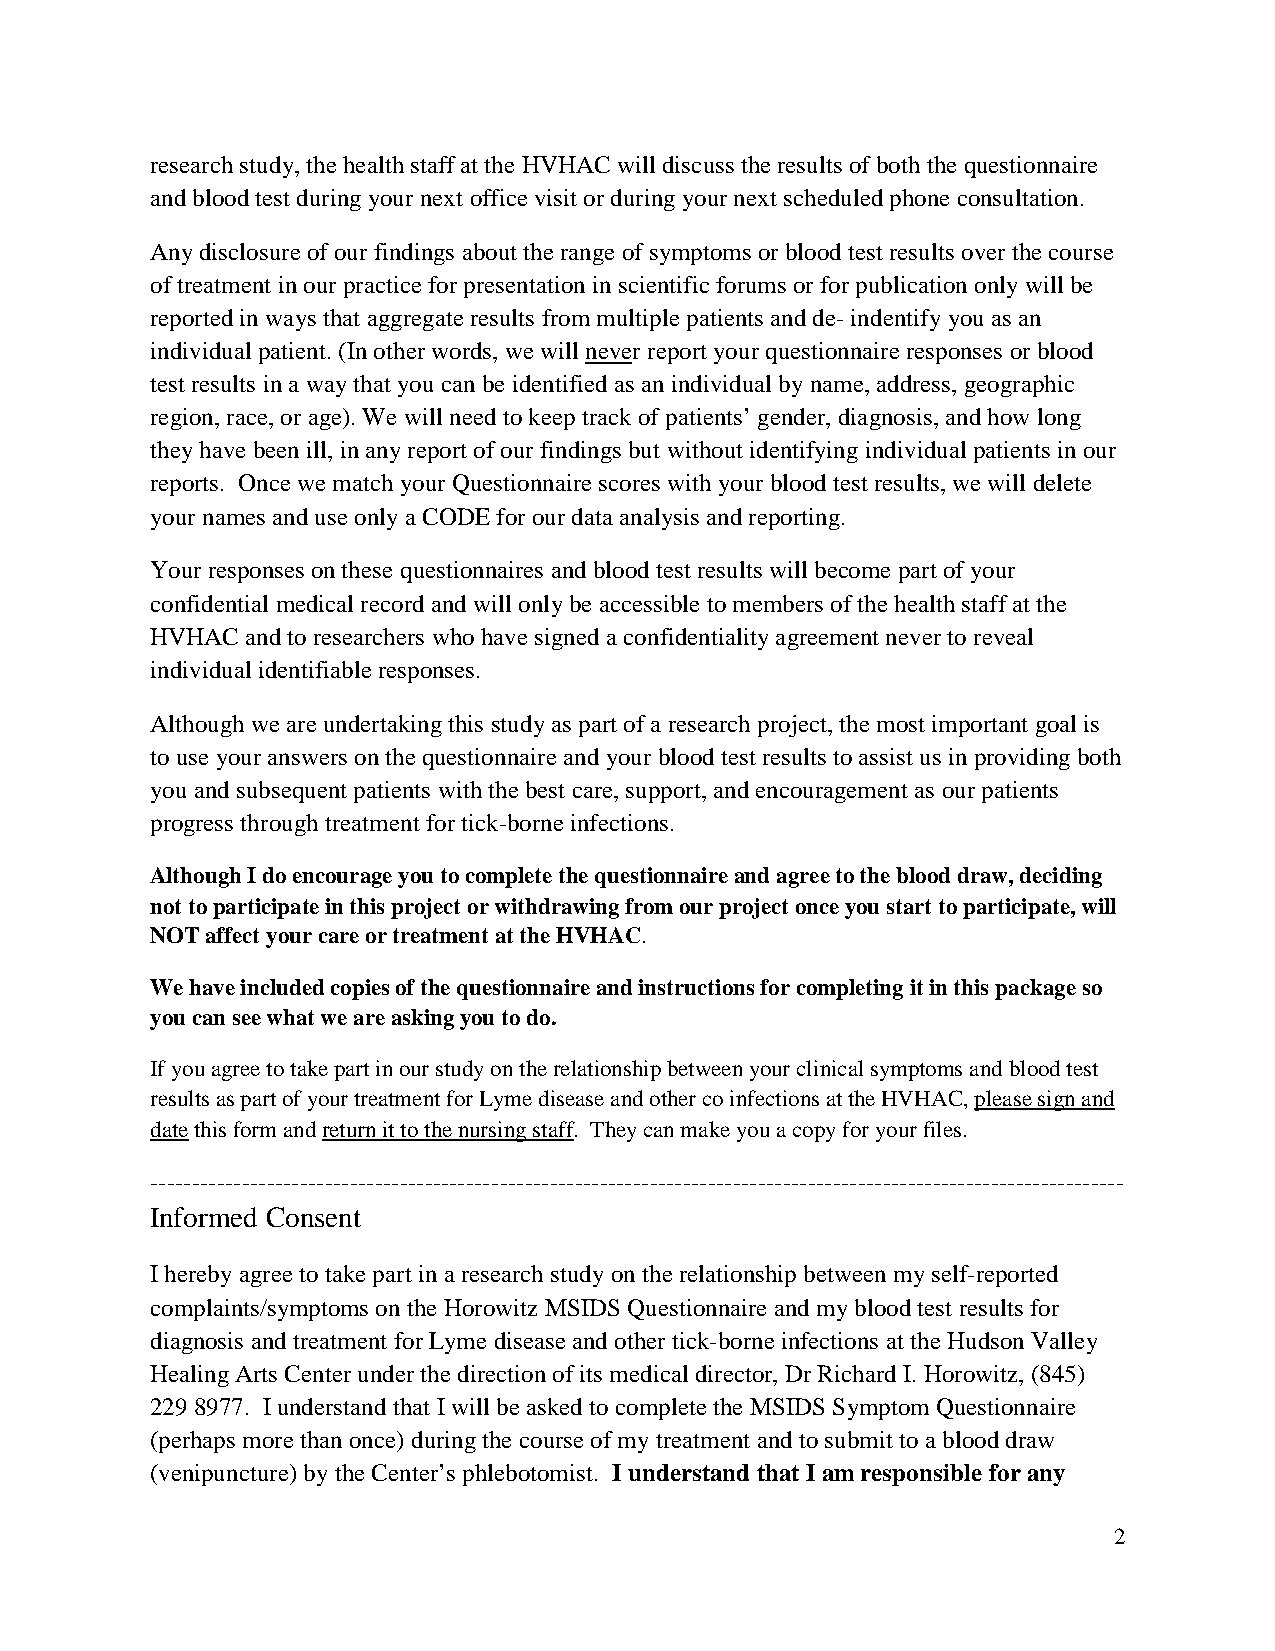
research study, the health staff at the HVHAC will discuss the results of both the questionnaire
 and blood test during your next office visit or during your next scheduled phone consultation.
 Any disclosure of our findings about the range of symptoms or blood test results over the course
 of treatment in our practice for presentation in scientific forums or for publication only will be
 reported in ways that aggregate results from multiple patients and de- indentify you as an
 individual patient. (In other words, we will never report your questionnaire responses or blood
 test results in a way that you can be identified as an individual by name, address, geographic
 region, race, or age). We will need to keep track of patients’ gender, diagnosis, and how long
 they have been ill, in any report of our findings but without identifying individual patients in our
 reports. Once we match your Questionnaire scores with your blood test results, we will delete
 your names and use only a CODE for our data analysis and reporting.
 Your responses on these questionnaires and blood test results will become part of your
 confidential medical record and will only be accessible to members of the health staff at the
 HVHAC and to researchers who have signed a confidentiality agreement never to reveal
 individual identifiable responses.
 Although we are undertaking this study as part of a research project, the most important goal is
 to use your answers on the questionnaire and your blood test results to assist us in providing both
 you and subsequent patients with the best care, support, and encouragement as our patients
 progress through treatment for tick-borne infections.
 Although I do encourage you to complete the questionnaire and agree to the blood draw, deciding
 not to participate in this project or withdrawing from our project once you start to participate, will
 NOT affect your care or treatment at the HVHAC.
 We have included copies of the questionnaire and instructions for completing it in this package so
 you can see what we are asking you to do.
 If you agree to take part in our study on the relationship between your clinical symptoms and blood test
 results as part of your treatment for Lyme disease and other co infections at the HVHAC, please sign and
 date this form and return it to the nursing staff. They can make you a copy for your files.
 ---------------------------------------------------------------------------------------------------------------------
 Informed Consent
 I hereby agree to take part in a research study on the relationship between my self-reported
 complaints/symptoms on the Horowitz MSIDS Questionnaire and my blood test results for
 diagnosis and treatment for Lyme disease and other tick-borne infections at the Hudson Valley
 Healing Arts Center under the direction of its medical director, Dr Richard I. Horowitz, (845)
 229 8977. I understand that I will be asked to complete the MSIDS Symptom Questionnaire
 (perhaps more than once) during the course of my treatment and to submit to a blood draw
 (venipuncture) by the Center’s phlebotomist. I understand that I am responsible for any
 2